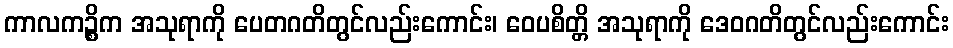
ကာလကဉ္စိက အသုရာကို ပေတဂတိတွင်လည်းကောင်း၊ ဝေပစိတ္တိ အသုရာကို ဒေဝဂတိတွင်လည်းကောင်း